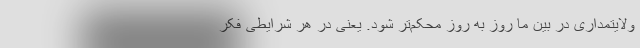
ولایتمداری در بین ما روز به روز محکم‌تر شود. یعنی در هر شرایطی فکر